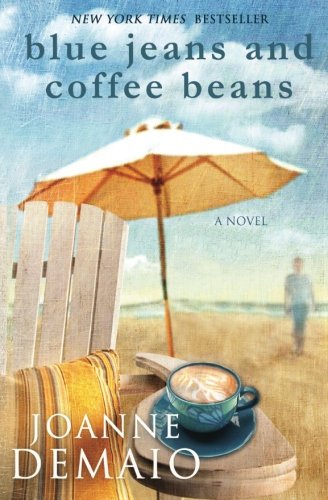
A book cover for Blue Jeans and Coffee Beans; Joanne DeMaio; Literature & Fiction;